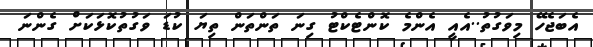
އެބަޖެހޭ މިވަގުތު..އެއީ އެންމެ ކޮންޓެކްޓު ގިނަ ތަންތަން ތިޔަ ކުޑަ ވަގުތުކޮޅަކަށް ގެންނަ